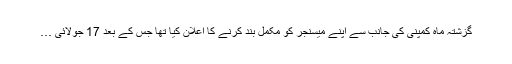
گزشتہ ماہ کمپنی کی جانب سے اپنے میسنجر کو مکمل بند کرنے کا اعلان کیا تھا جس کے بعد 17 جولائی …